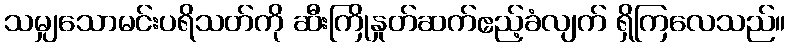
သမျှသောမင်းပရိသတ်ကို ဆီးကြိုနှုတ်ဆက်ဧည့်ခံလျက် ရှိကြလေသည်။